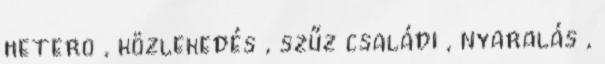
hetero , közlekedés , szűz családi , nyaralás ,